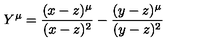
Y ^ { \mu } = \frac { ( x - z ) ^ { \mu } } { ( x - z ) ^ { 2 } } - \frac { ( y - z ) ^ { \mu } } { ( y - z ) ^ { 2 } }